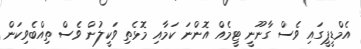
އެމްޑީޕީގައި ވެސް ގާނޫނީ ޓީމެއް އޮންނަ ކަމާއި މޮޅެތި ވަކީލުން ވެސް ތިއްބެވިކަން